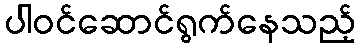
ပါဝင်ဆောင်ရွက်နေသည့်